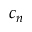
c _ { n }